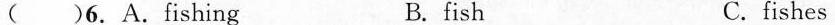
( )6. A.Fishing B. fish C.fishes